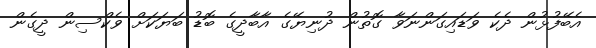
އެބޭފުޅުން ދެކެ ވަޑައިގަންނަވާ ގޮތުން ދުނިޔޭގެ އާބާދީގެ ބޮޑު ބަޔަކަށް ވެކްސިން ދީގެން